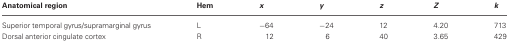
| Anatomical region | Hem | x | y | z | Z | k |
 | --- | --- | --- | --- | --- | --- | --- |
 | Superior temporal gyrus/supramarginal gyrus | L | −64 | −24 | 12 | 4.20 | 713 |
 | Dorsal anterior cingulate cortex | R | 12 | 6 | 40 | 3.65 | 429 |